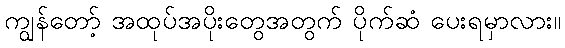
ကျွန်တော့် အထုပ်အပိုးတွေအတွက် ပိုက်ဆံ ပေးရမှာလား။